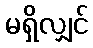
မရှိလျှင်